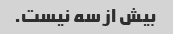
بیش از سه نیست.